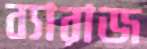
ব্যারাজ